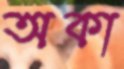
অকা